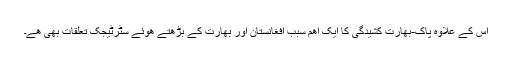
اس کے علاوہ پاک-بھارت کشیدگی کا ایک اھم سبب افغانستان اور بھارت کے بڑھتے ھوئے سٹرٹیجک تعلقات بھی ھے۔